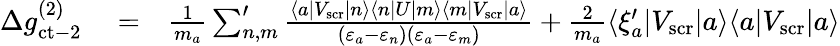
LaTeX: \begin{array}{rlr}{\Delta g_{\mathrm{ct-2}}^{(2)}}&{{}=}&{\frac{1}{m_{a}}\sum_{n,m}^{\prime}\frac{\langle a|V_{\mathrm{scr}}|n\rangle\langle n|U|m\rangle\langle m|V_{\mathrm{scr}}|a\rangle}{(\varepsilon_{a}-\varepsilon_{n})(\varepsilon_{a}-\varepsilon_{m})}+\frac{2}{m_{a}}\langle\xi_{a}^{\prime}|V_{\mathrm{scr}}|a\rangle\langle a|V_{\mathrm{scr}}|a\rangle}\end{array}